Lunatic asylums Bombay report 1878-1890 - 1878-1890
Year: 1878
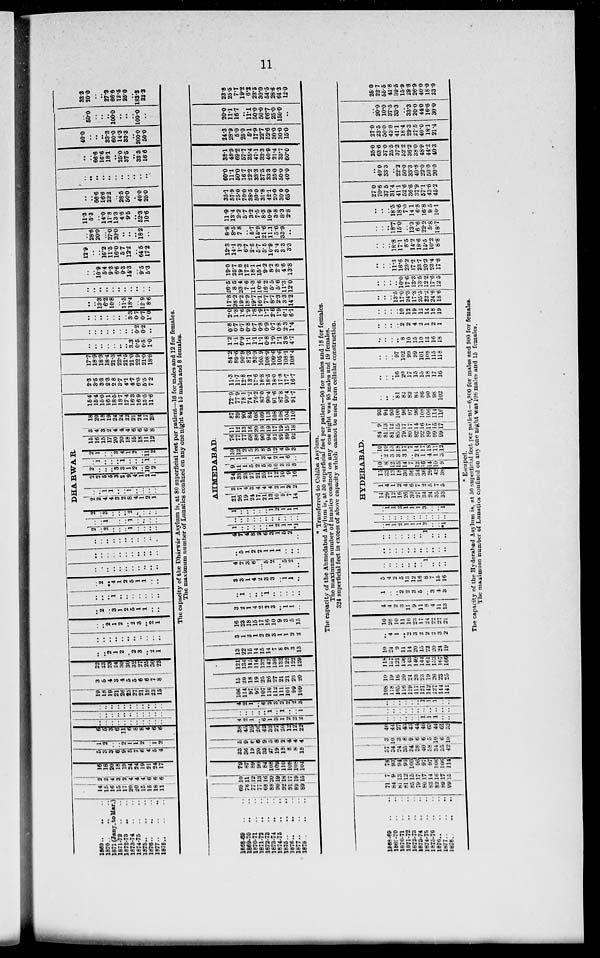
11
1869 .. .. ..
1870
..
..
..
1871(Jany.to Mar.)
1871-72 .. ..
1872-73 .. ..
1873-74 .. ..
1874-75 .. ..
1875 .. ..
1876
..
..
1877
..
..
1878
..
..
14
15
16
15
17
20
20
15
15
18
11
2
3
4
3
2
4
4
4
6
6
6
16
18
20
18
19
24
24
19
21
24
17
5
3
3
6
9
5
7
6
4
5
4
1
2
..
..
2
1
1
2
..
1
2
6
5
3
6
11
6
8
8
4
6
6
..
..
..
..
..
..
..
..
..
..
..
..
..
..
..
..
..
..
..
..
..
..
..
..
..
..
..
..
..
..
..
..
..
19
18
19
21
26
25
27
21
19
23
15
3
5
4
3
4
5
5
6
6
7
8
22
23
23
24
30
30
32
27
25
30
23
..
..
2
1
2
..
2
3
..
2
1
..
..
..
..
..
..
..
..
..
..
..
..
..
2
1
2
..
2
3
..
2
1
..
2
..
3
1
2
5
1
1
..
..
..
..
..
1
..
..
..
..
..
..
..
..
2
..
4
1
2
5
1
1
..
..
..
..
..
..
..
..
..
..
..
..
..
..
..
..
..
..
..
..
..
..
..
..
..
..
..
..
..
..
..
..
..
..
..
DHARWAR.
2
..
2
..
..
..
1
..
..
..
..
..
..
1
..
..
..
1
..
..
..
..
2
..
3
..
..
..
2
..
..
..
..
2
2
4
4
3
2
8
4
1
2
1
..
..
1
1
..
..
1
..
..
..
..
2
2
5
5
3
2
9
4
1
2
1
2
..
..
..
3
3
1
2
..
10
2
..
1
..
..
..
1
..
..
..
1
..
2
1
..
..
3
4
1
2
..
11
2
15
16
15
17
20
20
18
15
18
11
12
3
4
3
2
4
4
4
6
6
6
8
18
20
18
19
24
24
22
21
24
17
20
15.4
15.4
15.0
16.1
18.5
18.7
17.4
16.3
16.9
15.5
11.6
2.3
3.5
3.3
2.3
2.8
3.7
4.1
4.7
6.0
5.5
7.2
17.7
18.9
18.3
18.4
21.3
22.4
21.5
21.0
22.9
21.0
18.8
..
..
..
..
..
..
..
3.3
0.5
0.5
1.0
..
..
..
..
..
..
..
..
0.2
0.2
..
..
..
..
..
..
..
..
3.3
0.7
0.7
..
..
13.3
6.2
10.8
..
11.5
18.4
..
12.9
1.0 8.6
..
..
..
..
..
..
..
..
..
..
..
..
..
10.9
5.4
9.3
6.6
9.3
14.3
..
9.5
5.3
12.9
..
..
16.2
11.5
16.0
5.7
12.2
..
64.5
17.2
..
28.6
20.0
..
27.0
20.0
..
..
..
18.2
..
11.3
5.3
..
14.0
17.8
13.3
4.6
9.5
..
52.3
10.6
..
..
66.6
16.6
22.2
..
28.5
50.0
.
400
25.0
..
..
..
..
..
..
..
..
..
..
..
..
..
66.6
16.6
18.1
..
25.0
37.5
..
33.3
16.6
40.0
..
..
..
33.3
60.0
14.3
33.3
..
200.0
50.0
..
50.0
..
..
..
100.0
..
..
..
100.0
..
33.3
20.0
..
..
27.2
66.6
12.5
25.0
..
183.3
33.3
The capacity of the Dhárwár Asylum is, at 80 superficial feet per patient—16 for males and 12 for females.
The maximum number of Lunatics confined on any one night was 15 males and 8 females.
1868-69 .. ..
1869-70
.. ..
1870-71 .. ..
1871-72 .. ..
1872-73 .. ..
1873-74 .. ..
1874-75
..
..
1875 .. .. ..
1876
..
..
..
1877
..
..
..
1878
..
..
..
69
76
77
77
68
88
90
92
91
89
89
10
11
12
13
16
20
19
18
17
19
15
79
87
89
90
84
108
109
110
108
108
104
33
36
19
20
33
27
19
18
8
8
18
5
9
6
6
9
5
8
2
4
4
4
38
45
25
26
42
32
27
20
12
12
22
4
2
1
..
6
1
3
1
2
2
2
..
..
..
..
..
1
..
1
..
..
1
4
2
1
..
6
2
3
2
2
2
3
106
114
97
97
107
116
112
111
101
99
109
15
20
18
19
25
26
27
21
21
23
20
121
134
115
116
132
142
139
132
122
122
129
13
22
15
14
15
14
7
8
2
3
13
3
1
3
1
2
2
3
1
1
2
2
16
23
18
15
17
16
10
9
3
5
15
3
2
1
4
2
2
3
..
1
1
..
..
1
..
..
..
1
..
..
..
..
..
3
3
1
4
2
3
3
..
1
1
..
4
2
3
6
..
5
2
..
5
2
..
..
5
1
2
2
1
1
1
..
..
..
4
7
4
8
2
6
3
1
5
2
..
AHMEDABAD.
1
..
..
..
..
..
1
2
1
1
*1
..
..
..
..
..
..
..
..
..
..
..
1
..
..
..
..
..
1
2
1
1
1
21
26
19
24
17
21
13
10
9
7
14
3
7
4
3
4
4
4
2
1
2
2
24
33
23
27
21
25
17
12
10
9
16
9
11
1
5
2
5
5
10
3
3
3
1
1
1
..
1
3
4
2
1
6
..
10
12
2
5
3
8
9
12
4
9
3
76
77
77
68
88
90
94
91
89
89
92
11
12
13
16
20
19
19
17
19
15
18
87
89
90
84
108
109
113
108
108
104
110
72.9
77.9
78.1
74.2
76.2
87.0
90.4
91.6
87.8
90.4
91.7
11.3
11.7
12.8
13.1
17.6
18.8
18.5
18.0
17.8
17.7
16.7
84.2
89.6
90.9
87.3
93.9
105.9
108.9
109.6
105.6
108.1
108.4
1.2
1.1
0.9
1.1
1.1
1.1
0.8
1.9
1.1
3.8
4.7
0.8
0.7
0.7
0.8
0.7
0.8
0.9
0.7
0.8
2.3
1.4
2.0
1.8
1.6
1.9
1.8
1.9
1.7
2.6
1.9
6.1
6.1
17.8
28.2
19.2
18.9
19.7
16.1
7.7
8.7
2.3
3.3
14.2
26.5
8.5
23.4
7.6
11.3
10.6
16.2
5.5
5.6
11.3
12.0
19.0
25.7
19.8
17.2
18.1
15.1
9.2
8.2
2.8
4.6
13.8
12.3
14.1
1.3
6.7
2.6
5.7
5.5
10.9
3.4
3.3
3.3
8.8
8.5
7.8
..
5.7
15.9
21.6
11.1
5.6
33.9
..
11.9
13.4
2.2
5.7
3.2
7.5
8.3
10.9
3.8
8.3
2.8
35.1
57.9
75.0
70.0
38.5
50.0
31.8
42.1
20.0
30.0
65.0
60.0
11.1
50.0
16.7
22.2
333
37.5
33.3
25.0
50.0
40.0
38.1
48.9
69.2
57.7
35.4
47.1
33.3
40.9
21.4
35.7
60.0
24.3
28.9
5.0
25.0
5.1
17.9
22.7
52.6
30.0
30.0
15.0
20.0
11.1
16.7
..
11.1
50.0
50.0
66.7
25.0
150.0
..
23.8
25.5
7.7
19.2
6.2
23.5
30.0
54.5
28.6
64.3
12.0
* Transferred to Colába Asylum.
The capacity of the Ahmedabad Asylum is, at 50 superficial feet per patient—90 for males and 18 for females.
The maximum number of lunatics confined on any one night was 95 males and 19 females.
324 superficial feet in excess of above capacity which cannot be used from cellular construction.
1868-69
..
..
1869-70 .. ..
1870-71 .. ..
1871-72
..
..
1872-73
..
..
1873-74 .. ..
1874-75 .. ..
1875-76
..
..
1876
..
..
..
1877
..
..
..
1878 .. .. ..
71
84
81
81
85
79
80
83
82
89
99
7
9
13
12
15
17
17
14
16
17
15
78
93
94
93
100
96
97
97
108
106
114
37
34
24
35
34
38
40
58
34
55
42
3
10
3
8
9
6
6
5
10
6
10
40
44
27
43
43
44
46
63
44
61
52
..
..
..
..
..
..
1
1
1
..
..
..
..
..
..
..
..
..
..
..
..
..
..
..
..
..
..
..
1
1
1
..
..
108
118
105
116
119
117
121
142
127
144
141
10
19
16
20
24
23
23
19
26
23
25
118
137
121
136
143
140
144
161
153
67
166
10
24
9
11
14
20
15
22
20
24
19
..
4
1
..
2
3
2
2
2
3
2
10
28
10
11
16
23
17
24
22
27
21
4
4
2
3
11
9
11
8
4
11
13
1
..
..
2
2
3
5
..
3
4
3
5
4
2
5
13
12
16
8
7
15
16
..
..
..
..
..
..
..
1
..
..
..
..
..
..
..
..
..
..
..
..
..
..
..
..
..
..
..
..
..
1
..
..
..
HYDERABAD.
..
1
1
2
1
1
1
3
..
..
*1
..
..
..
..
..
..
..
..
..
..
..
..
1
1
2
1
1
1
3
..
..
1
14
29
12
16
26
30
27
34
24
35
33
1
4
11
2
4
6
7
2
5
7
5
15
33
13
18
30
36
34
36
29
42
38
10
8
12
15
14
7
12
16
14
10
9
..
2
3
3
3
..
2
1
4
1
3
10
10
15
18
17
7
14
17
18
11
12
84
81
81
85
79
80
82
92
89
99
99
9
13
12
15
17
17
14
16
17
15
17
93
94
93
100
96
97
96
108
106
114
116
..
..
..
81
82
82
84
86
90
98
102
..
..
..
16
20
17
15
15
18
17
16
..
..
..
97
102
99
99
101
108
115
118
..
..
..
..
8
10
15
10
13
16
18
..
..
..
..
2
2
4
2
1
2
1
..
..
..
..
10
12
19
12
14
18
19
..
..
..
13.5
17.0
24.3
17.8
25.5
22.2
24.6
18.6
..
..
..
..
10.0
17.6
13.3
13.5
12.2
17.6
12.5
..
..
..
11.3
16.6
23.2
17.2
23.7
20.2
23.4
17.8
..
..
..
18.8
17.1
8.5
14.2
18.6
15.5
10.2
8.8
..
..
..
18.7
15.0
..
13.3
6.6
22.2
5.8
18.7
..
..
..
18.5
18.6
7.0
14.1
6.8
168
9.5
10.1
27.0
70.6
37.5
31.4
41.1
52.6
36.6
37.9
57.1
43.6
45.2
..
40.0
33.3
..
22.2
50.0
33.3
40.8
22.0
50.0
20.0
25.0
63.6
37.0
25.5
37.2
52.2
36.2
38.0
48.9
44.2
40.3
27.0
23.5
50.0
42.8
41.1
18.4
29.3
27.5
40.0
18.1
21.4
..
20.0
10.0
37.5
33.3
..
33.3
20.0
44.0
16.6
30.0
25.0
22.7
55.5
41.8
39.5
15.9
29.8
26.9
40.0
18.0
23.0
* Escaped.
The capacity of the Hyderabad Asylum is, at 50 superficial feet per patient—6,800 for males and 900 for females.
The maximum number of Lunatics confined on any one night was 106 males and 15 females.